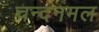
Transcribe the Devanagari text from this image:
चन्दनमल